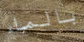
بالماء